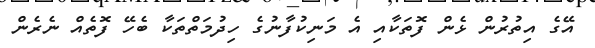
އޭގެ އިތުރުން ޅެން ފޮތަކާއި އެ މަނިކުފާނުގެ ހިދުމަތްތަކާ ބެހޭ ފޮތެއް ނެރެން